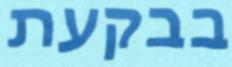
בבקעת